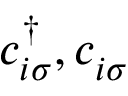
c _ { i \sigma } ^ { \dagger } , c _ { i \sigma } ^ { \vphantom \dagger }